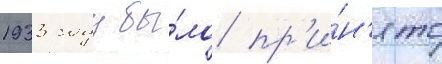
1933 году бы́ло пр'и́н'ято